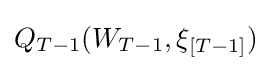
Q_{T-1}(W_{T-1},\xi _{[T-1]})